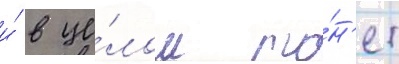
и́ в це́лом то́н'ет